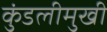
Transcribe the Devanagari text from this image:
कुंडलीमुखी